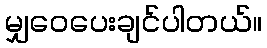
မျှဝေပေးချင်ပါတယ်။